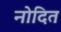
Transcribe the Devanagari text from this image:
नोदित